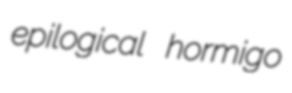
epilogical hormigo